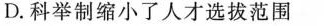
D.科举制缩小了人才选拔范围